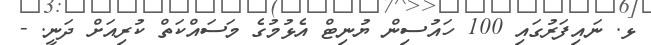
ޅ. ނައިފަރުގައި 100 ހައުސިން ޔުނިޓް އެޅުމުގެ މަސައްކަތް ކުރިއަށް ދަނީ. -